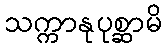
သက္ကာနုပုစ္ဆာမိ